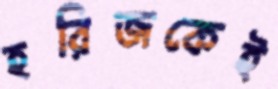
হরিজকেই